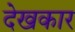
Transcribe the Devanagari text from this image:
देखकार